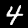
Label: 4